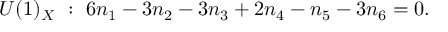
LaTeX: U ( 1 ) _ { X } ~ : ~ 6 n _ { 1 } - 3 n _ { 2 } - 3 n _ { 3 } + 2 n _ { 4 } - n _ { 5 } - 3 n _ { 6 } = 0 .